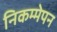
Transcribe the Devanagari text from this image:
निकम्मेपन